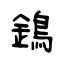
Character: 鵭